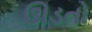
ઊડતો